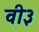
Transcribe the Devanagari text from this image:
वी३